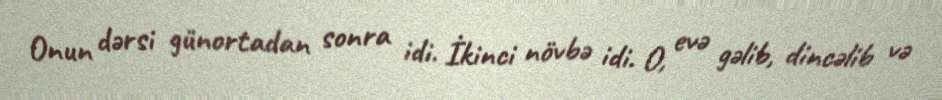
Onun dərsi günortadan sonra idi. İkinci növbə idi. O, evə gəlib, dincəlib və